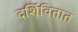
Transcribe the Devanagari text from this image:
दर्शिवितात